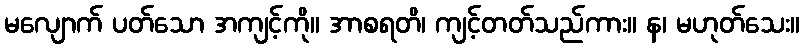
မလျောက် ပတ်သော အကျင့်ကို။ အာစရတိ၊ ကျင့်တတ်သည်ကား။ န၊ မဟုတ်သေး။